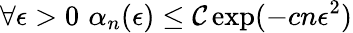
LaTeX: \forall\epsilon>0\, \, \alpha_{n}(\epsilon)\leq\mathcal{C}\exp(-cn\epsilon^{2})